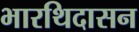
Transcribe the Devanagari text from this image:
भारथिदासन